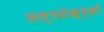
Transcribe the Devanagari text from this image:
अल्पसंख्य्कॉ